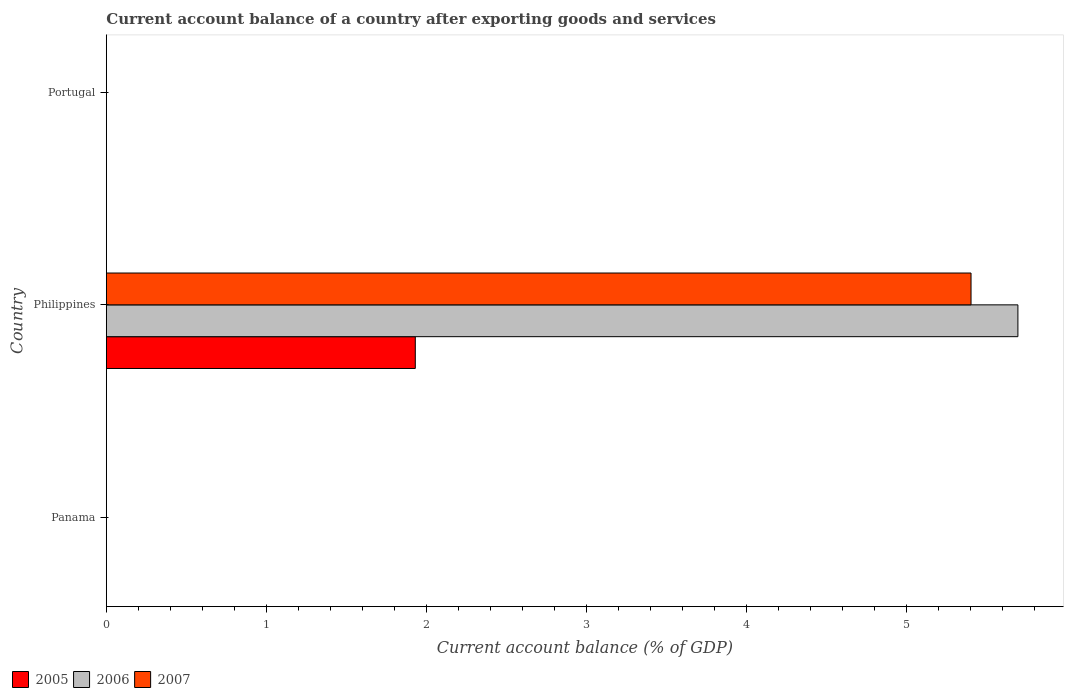
| Country | 2005 | 2006 | 2007 |
 | --- | --- | --- | --- |
 | Panama | -6.61 | -2.62 | -6.66 |
 | Philippines | 1.93 | 5.7 | 5.4 |
 | Portugal | -9.9 | -10.7 | -9.79 |